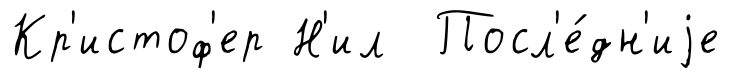
Кр'истоф'ер Н'ил Посл'е́дн'иjе